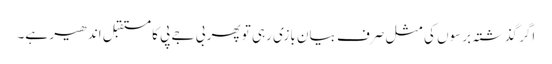
اگر گذشتہ برسوں کی مثل صرف بیان بازی رہی تو پھر بی جے پی کا مستقبل اندھیر ہے۔